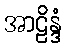
အာဠိန္ဒံ